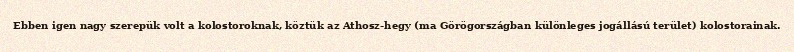
Ebben igen nagy szerepük volt a kolostoroknak, köztük az Athosz-hegy (ma Görögországban különleges jogállású terület) kolostorainak.